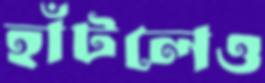
হাঁটলেও